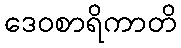
ဒေဝစာရိကာတိ